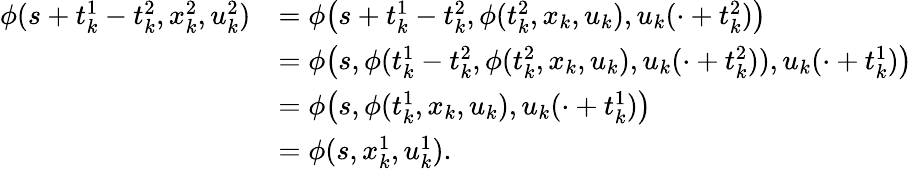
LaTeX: \begin{array}{rl}{\phi(s+t_{k}^{1}-t_{k}^{2},x_{k}^{2},u_{k}^{2})}&{=\phi\big(s+t_{k}^{1}-t_{k}^{2},\phi(t_{k}^{2},x_{k},u_{k}),u_{k}(\cdot+t_{k}^{2})\big)}\\ &{=\phi\big(s,\phi(t_{k}^{1}-t_{k}^{2},\phi(t_{k}^{2},x_{k},u_{k}),u_{k}(\cdot+t_{k}^{2})),u_{k}(\cdot+t_{k}^{1})\big)}\\ &{=\phi\big(s,\phi(t_{k}^{1},x_{k},u_{k}),u_{k}(\cdot+t_{k}^{1})\big)}\\ &{=\phi(s,x_{k}^{1},u_{k}^{1}).}\end{array}